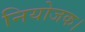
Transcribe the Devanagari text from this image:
नियोजक।